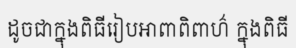
ដូចជាក្នុងពិធីរៀបអាពាពិពាហ៌ ក្នុងពិធី